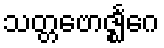
သတ္တဗောဇ္ဈင်္ဂေ